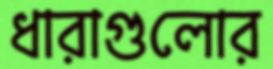
ধারাগুলোর